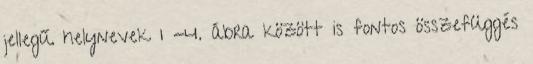
jellegű helynevek 1 -4. ábra között is fontos összefüggés